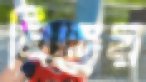
বিজ্ঞেয়